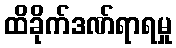
ထိခိုက်ဒဏ်ရာရမှု